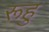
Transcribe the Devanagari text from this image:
रूहु